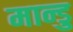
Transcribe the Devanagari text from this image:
मान्डु